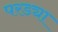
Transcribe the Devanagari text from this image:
परड्या